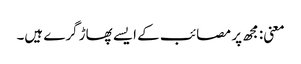
معنی: مجھ پر مصائب کے ایسے پھاڑ گرے ہیں۔